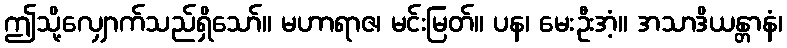
ဤသို့လျှောက်သည်ရှိသော်။ မဟာရာဇ၊ မင်းမြတ်။ ပန၊ မေးဦးအံ့။ အသာဒိယန္တာနံ၊